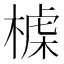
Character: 𣖪